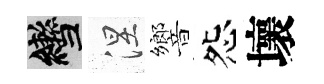
轡涅響怨壞